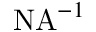
\mathrm { N A } ^ { - 1 }